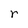
Character: r